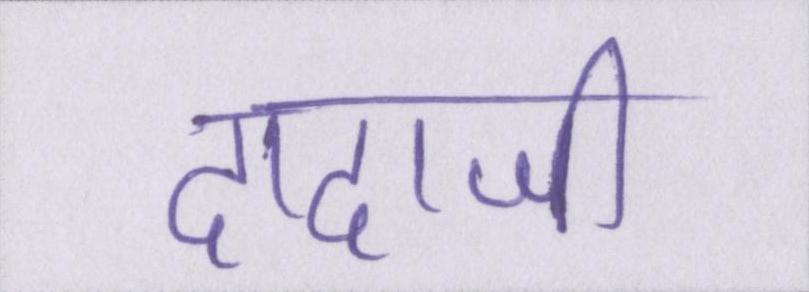
दादाजी